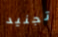
تجنيد